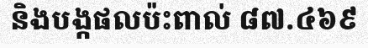
និងបង្កផលប៉ះពាល់ ៨៧.៤៦៩